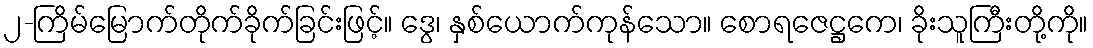
၂-ကြိမ်မြောက်တိုက်ခိုက်ခြင်းဖြင့်။ ဒွေ၊ နှစ်ယောက်ကုန်သော။ စောရဇေဋ္ဌကေ၊ ခိုးသူကြီးတို့ကို။